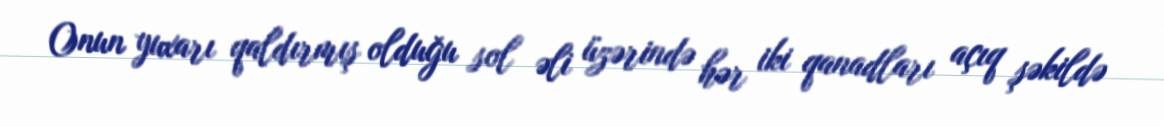
Onun yuxarı qaldırmış olduğu sol əli üzərində hər iki qanadları açıq şəkildə